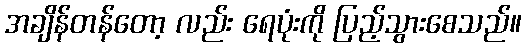
အချိန်တန်တော့ လည်း ရေပုံးကို ပြည့်သွားစေသည်။